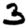
Digit: 3